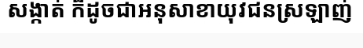
សង្កាត់ ក៏ដូចជាអនុសាខាយុវជនស្រឡាញ់